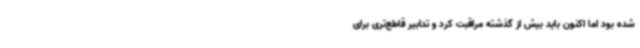
شده بود اما اکنون باید بیش از گذشته مراقبت کرد و تدابیر قاطع‌تری برای